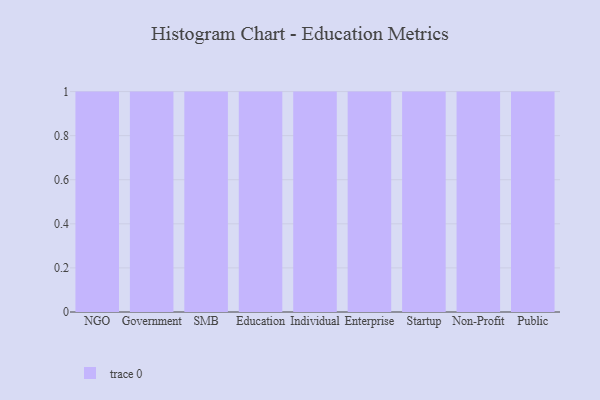
{"axis": {"x": "Segment", "y": "Tickets Resolved"}, "legend": [""], "data": [{"x": "NGO", "y": 76, "type": ""}, {"x": "Government", "y": 92, "type": ""}, {"x": "SMB", "y": 12, "type": ""}, {"x": "Education", "y": 34, "type": ""}, {"x": "Individual", "y": 40, "type": ""}, {"x": "Enterprise", "y": 36, "type": ""}, {"x": "Startup", "y": 97, "type": ""}, {"x": "Non-Profit", "y": 87, "type": ""}, {"x": "Public", "y": 66, "type": ""}]}